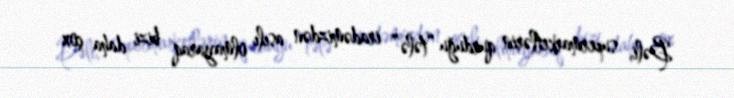
Bəli, supermarketlərin qurduğu “tələ” iradəmizdən asılı olmayaraq bizi daha çox